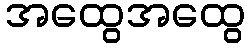
အထွေအထွေ